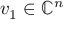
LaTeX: v _ { 1 } \in \mathbb { C } ^ { n }